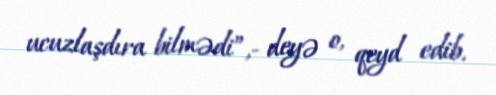
ucuzlaşdıra bilmədi”,- deyə o, qeyd edib.